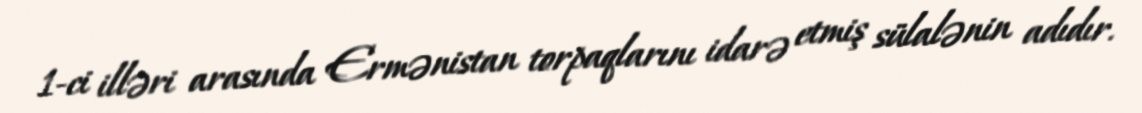
1-ci illəri arasında Ermənistan torpaqlarını idarə etmiş sülalənin adıdır.